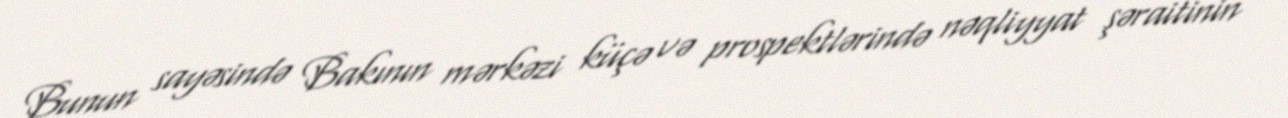
Bunun sayəsində Bakının mərkəzi küçə və prospektlərində nəqliyyat şəraitinin